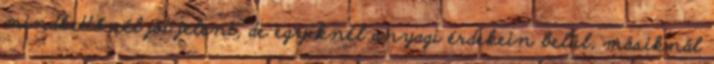
mindkettőnél jót jelent, de egyiknél anyagi érdekein belül, másiknál